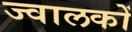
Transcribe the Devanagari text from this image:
ज्वालकों